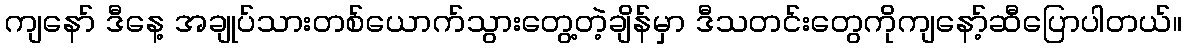
ကျနော် ဒီနေ့ အချုပ်သားတစ်ယောက်သွားတွေ့တဲ့ချိန်မှာ ဒီသတင်းတွေကိုကျနော့်ဆီပြောပါတယ်။